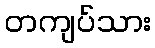
တကျပ်သား